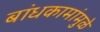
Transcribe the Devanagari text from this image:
बांधकामांमुळे